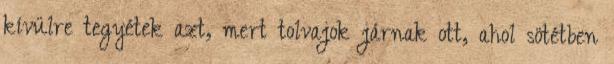
kívülre tegyétek azt, mert tolvajok járnak ott, ahol sötétben